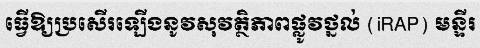
ធ្វើឱ្យប្រសើរឡើងនូវសុវត្ថិភាពផ្លូវថ្នល់ (iRAP) មន្ទីរ